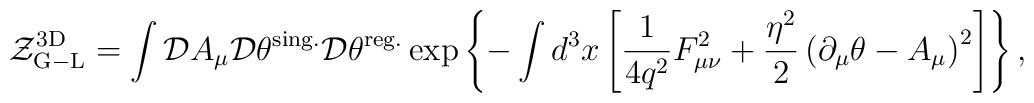
{\cal Z}_{\rm G-L}^{\rm 3D}=\int {\cal D}A_\mu {\cal D}\theta^{\rm sing.}{\cal D}\theta^{\rm reg.}\exp\left\{-\int d^3x\left[\frac{1}{4q^2}F_{\mu\nu}^2+\frac{\eta^2}{2}\left(\partial_\mu\theta-A_\mu\right)^2\right]\right\},